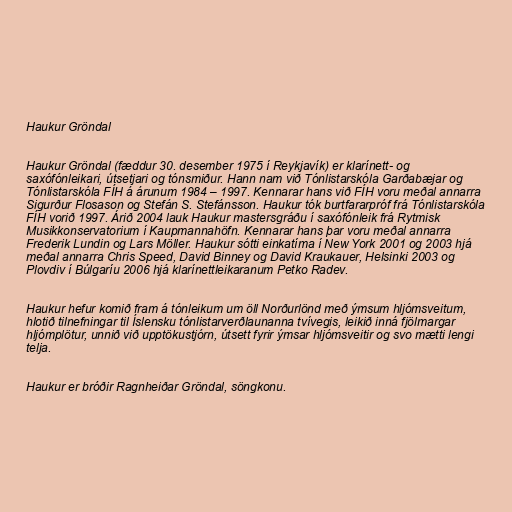
Haukur Gröndal

Haukur Gröndal (fæddur 30. desember 1975 í Reykjavík) er klarínett- og
saxófónleikari, útsetjari og tónsmiður. Hann nam við Tónlistarskóla Garðabæjar og
Tónlistarskóla FÍH á árunum 1984 – 1997. Kennarar hans við FÍH voru meðal annarra
Sigurður Flosason og Stefán S. Stefánsson. Haukur tók burtfararpróf frá Tónlistarskóla
FÍH vorið 1997. Árið 2004 lauk Haukur mastersgráðu í saxófónleik frá Rytmisk
Musikkonservatorium í Kaupmannahöfn. Kennarar hans þar voru meðal annarra
Frederik Lundin og Lars Möller. Haukur sótti einkatíma í New York 2001 og 2003 hjá
meðal annarra Chris Speed, David Binney og David Kraukauer, Helsinki 2003 og
Plovdiv í Búlgaríu 2006 hjá klarínettleikaranum Petko Radev.

Haukur hefur komið fram á tónleikum um öll Norðurlönd með ýmsum hljómsveitum,
hlotið tilnefningar til Íslensku tónlistarverðlaunanna tvívegis, leikið inná fjölmargar
hljómplötur, unnið við upptökustjórn, útsett fyrir ýmsar hljómsveitir og svo mætti lengi
telja.

Haukur er bróðir Ragnheiðar Gröndal, söngkonu.